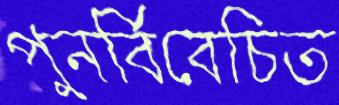
পুনর্বিবেচিত